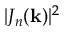
| J _ { n } ( \mathbf { k } ) | ^ { 2 }